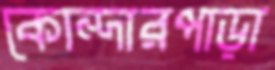
কোন্দারপাড়া